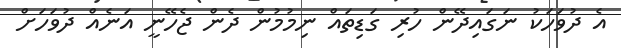
އެ ދުވަހަކު ނަގައިދޭން ހުރި ގަޑިތައް ނިމުމުން ދެން ޖެހޭނީ އަނެއް ދުވަހަށް